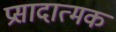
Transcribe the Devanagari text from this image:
प्रसादात्मक